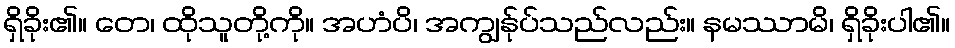
ရှိခိုး၏။ တေ၊ ထိုသူတို့ကို။ အဟံပိ၊ အကျွန်ုပ်သည်လည်း။ နမဿာမိ၊ ရှိခိုးပါ၏။